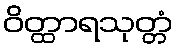
ဝိတ္ထာရသုတ္တံ